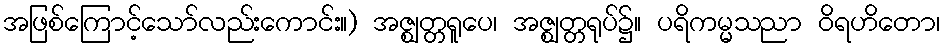
အဖြစ်ကြောင့်သော်လည်းကောင်း။) အဇ္ဈတ္တရူပေ၊ အဇ္ဈတ္တရုပ်၌။ ပရိကမ္မသညာ ဝိရဟိတော၊